Report on sanitation, dispensaries, and jails in Rajputana for 1915, and on vaccination for the year 1915-1916 - 1915-1916
Year: 1915
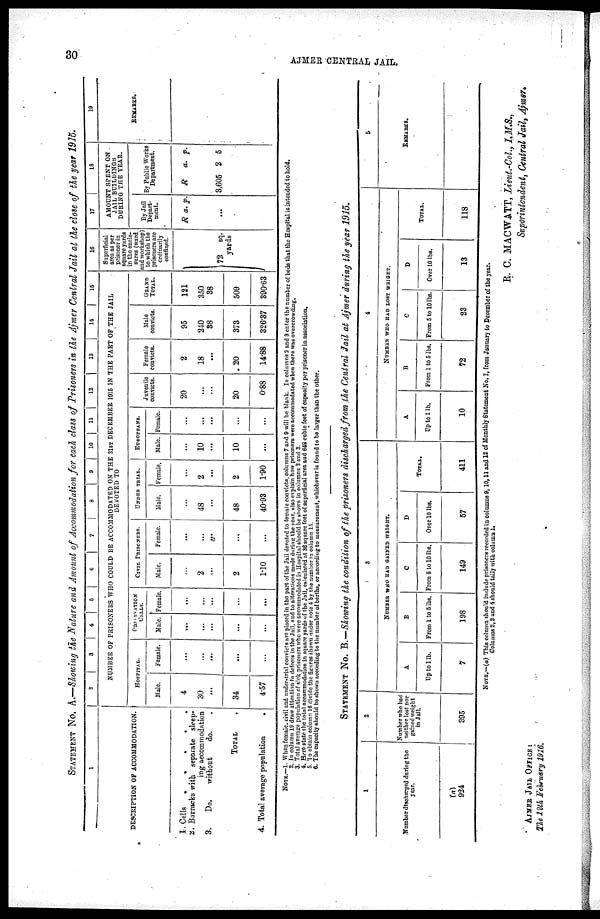
30
AJMER CENTRAL JAIL.
STATEMENT No. A.—Showing the Nature and Amount of Accommodation for each class of Prisoners in the Ajmer Central Jail at the close of the year 1915.
1
DESCRIPTION OF ACCOMMODATION.
1.
2.
3.
4.
Cells
.
.
.
. .
Barracks with separate sleep¬
ing accommodation
Do.
without
do. .
TOTAL .
Total average population
.
2
3
4 5 6
7
8
9 10 11 12
13
14
15
NUMBER OF PRISONERS WHO COULD BE ACCOMMODATED ON THE 31ST DECEMBER 1915 IN THE PART OF THE JAIL
DEVOTED TO
HOSPITAL.
Male.
4
30
...
34
4.57
Female.
...
...
...
...
...
OBSERAVATION
CELLS.
Male.
...
...
...
...
...
Female.
...
...
...
...
...
CIVIL PRISONERS.
Male.
...
2
...
2
1.10
Female.
...
...
...
...
...
UNDER TRIAL.
Male.
...
48
...
48
40.93
Female.
...
2
...
2
1.90
EUROPEANS.
Male.
...
10
...
10
...
Female.
...
...
...
...
...
Juvenile
convicts.
20
...
...
20
0.88
Female
convicts.
2
18
...
20
14.88
Male
convicts.
95
240
38
373
326.37
GRAND
TOTAL.
121
350
38
509
390.63
16
Superficial
area as per
prisoner in
square yards
in the enclo-
sures (ward
and workshop)
to which the
prisoners are
ordinarily
confined.
72 sq.
yards
17
18
AMOUNT SPENT ON
JAIL BUILDINGS
DURING THE YEAR.
By Jail
Depart-
ment.
R a. p.
...
By Public Works
Department.
R a. p.
3,605 2 5
19
REMARKS.
NOTE.—1. When female. civil and under-trial convicts are placed in the part of the Jail devoted to female convicts, columns 7 and 9 will be blank. In columns 2 and 3 enter the number of beds that the Hospital is intended to hold.
2. In column 19 draw attention to defects in the Jail, and to alterations made during the year, also explain how prisoners were accommodated when there was overcrowding.
3. Total average population of sick prisoners who were accommodated in Hospital should be shown in columns 3 and 3.
4. Here state the total accommodation in square yards of the Jail, calculated at 36 square foot of superficial area and 648 cubic feet of capacity per prisoner in association.
5. To obtain column 16 divide the figures shown under note 4 by the number in column 15
6. The capacity should be shown according to the number of berths, or according to measurement, whichever is found to be larger than the other.
STATEMENT No. B.—Showing the condition of the prisoners discharged from the Central Jail at Ajmer during the year 1915.
1
Number discharged during the
year.
(a)
924
2
Number who had
neither lost nor
gained weight
in Jail.
395
3
NUMBER WHO HAD GAINED WEIGHT.
A
Up to 1 lb.
7
B
From 1 to 5 lbs.
198
C
From 5 to 10 lbs.
149
D
Over 10 lbs.
57
TOTAL.
411
4
NUMBER WHO HAD LOST WEIGHT.
A
Up to 1 lb.
10
B
Prom 1 to 5 lbs.
72
C
From 5 to 10 lbs.
23
D
Over 10 lbs.
13
TOTAL.
118
5
REMARKS.
NOTE.—(a) This column should include prisoners recorded in columns 9,10,11 and 12 of Monthly Statement No. I, from January to December of the year.
Columns 2,3 and 4 should tally with column 1.
R. C. MACWATT, Lieut-Col., I.M.S.,
Superintendent, Central Jail, Ajmer.
AJMER JAIL OFFICE:
The 12th February 1916.